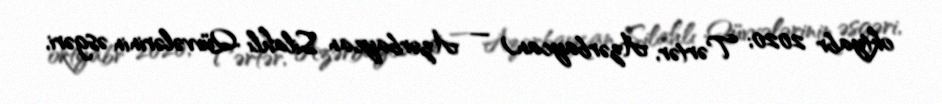
oktyabr 2020; Tərtər, Azərbaycan) — Azərbaycan Silahlı Qüvvələrinin əsgəri,